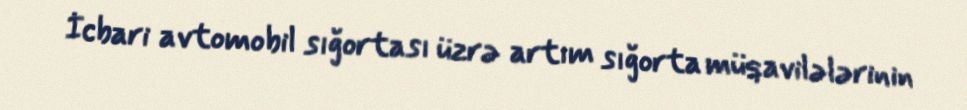
İcbari avtomobil sığortası üzrə artım sığorta müqavilələrinin